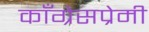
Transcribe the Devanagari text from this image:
काँग्रेसप्रेमी